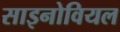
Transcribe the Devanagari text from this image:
साइनोवियल